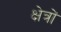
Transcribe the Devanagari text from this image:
क्ष्‍ोत्रों